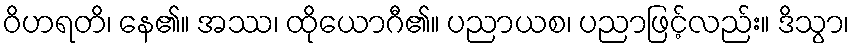
ဝိဟရတိ၊ နေ၏။ အဿ၊ ထိုယောဂီ၏။ ပညာယစ၊ ပညာဖြင့်လည်း။ ဒိသွာ၊